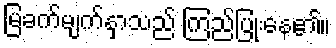
မြခက်မျက်နှာသည် ကြည်ပြုံးနေ၏။